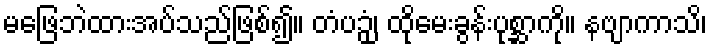
မဖြေဘဲထားအပ်သည်ဖြစ်၍။ တံပဉှံ၊ ထိုမေးခွန်းပုစ္ဆာကို။ နဗျာကာသိ၊